Plague in India, 1896, 1897 - Volume 1
Year: 1896
Disease focus: Plague
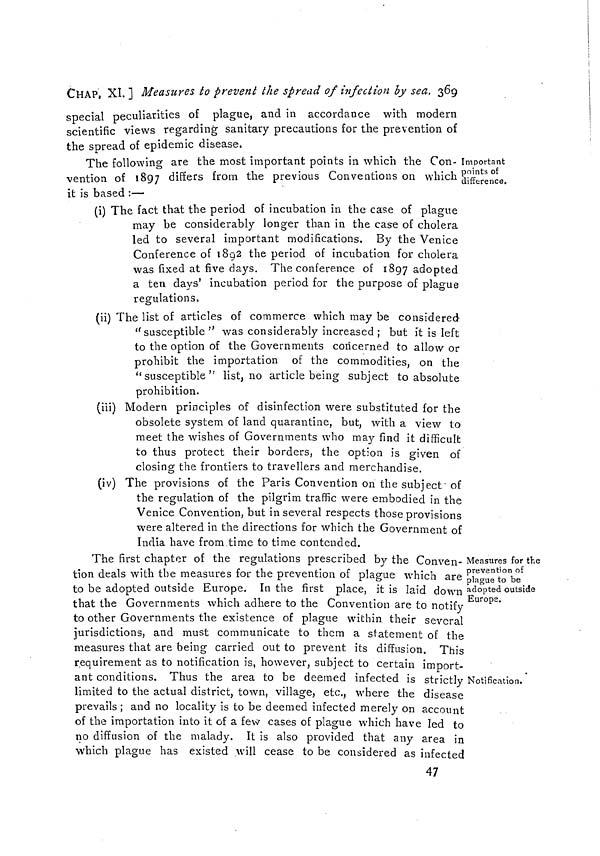
CHAP, XI. ] Measures to prevent the spread of infection by sea. 369
special peculiarities of plague, and in accordance with modern
scientific views regarding sanitary precautions for the prevention of
the spread of epidemic disease.
Important
points of
difference.
The following are the most important points in which the Con-
vention of 1897 differs from the previous Conventions on which
it is based :—
(i) The fact that the period of incubation in the case of plague
may be considerably longer than in the case of cholera
led to several important modifications. By the Venice
Conference of 1892 the period of incubation for cholera
was fixed at five days. The conference of 1897 adopted
a ten days' incubation period for the purpose of plague
regulations.
(ii) The list of articles of commerce which may be considered
''susceptible" was considerably increased ; but it is left
to the option of the Governments concerned to allow or
prohibit the importation of the commodities, on the
"susceptible" list, no article being subject to absolute
prohibition.
(iii) Modern principles of disinfection were substituted for the
obsolete system of land quarantine, but, with a view to
meet the wishes of Governments who may find it difficult
to thus protect their borders, the option is given of
closing the frontiers to travellers and merchandise.
(iv) The provisions of the Paris Convention on the subject of
the regulation of the pilgrim traffic were embodied in the
Venice Convention, but in several respects those provisions
were altered in the directions for which the Government of
India have from time to time contended.
Measures for the
prevention of
plague to be
adopted outside
Europe.
Notification.
The first chapter of the regulations prescribed by the Conven-
tion deals with the measures for the prevention of plague which are
to be adopted outside Europe. In the first place, it is laid down
that the Governments which adhere to the Convention are to notify
to other Governments the existence of plague within their several
jurisdictions, and must communicate to them a statement of the
measures that are being carried out to prevent its diffusion. This
requirement as to notification is, however, subject to certain import-
ant conditions. Thus the area to be deemed infected is strictly
limited to the actual district, town, village, etc., where the disease
prevails ; and no locality is to be deemed infected merely on account
of the importation into it of a few cases of plague which have led to
no diffusion of the malady. It is also provided that any area in
which plague has existed will cease to be considered as infected
47